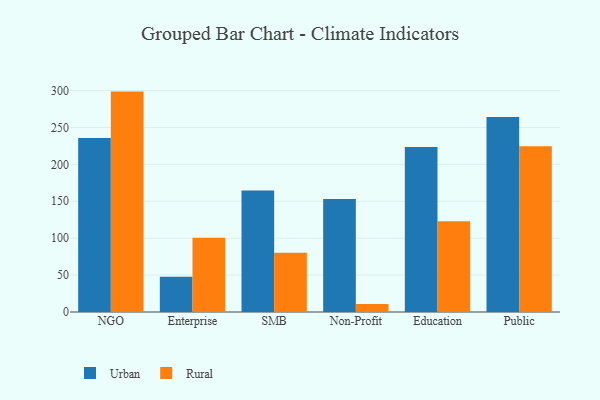
{"axis": {"x": "Segment", "y": "Website Visitors"}, "legend": ["Rural", "Urban"], "data": [{"x": "NGO", "y": 235.7, "type": "Urban"}, {"x": "NGO", "y": 298.6, "type": "Rural"}, {"x": "Enterprise", "y": 47.6, "type": "Urban"}, {"x": "Enterprise", "y": 100.6, "type": "Rural"}, {"x": "SMB", "y": 164.5, "type": "Urban"}, {"x": "SMB", "y": 80.4, "type": "Rural"}, {"x": "Non-Profit", "y": 153.0, "type": "Urban"}, {"x": "Non-Profit", "y": 10.9, "type": "Rural"}, {"x": "Education", "y": 223.4, "type": "Urban"}, {"x": "Education", "y": 123.1, "type": "Rural"}, {"x": "Public", "y": 264.2, "type": "Urban"}, {"x": "Public", "y": 224.4, "type": "Rural"}]}